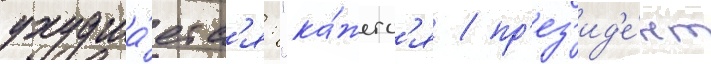
ухудша́етс'я: "ка́жетс'я / пр'ез'ид'е́нт